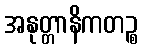
အနုတ္တာနိကတဉ္စ